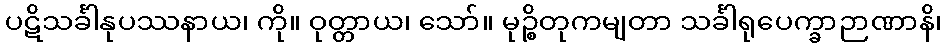
ပဋိသင်္ခါနုပဿနာယ၊ ကို။ ဝုတ္တာယ၊ သော်။ မုဉ္စိတုကမျတာ သင်္ခါရုပေက္ခာဉာဏာနိ၊